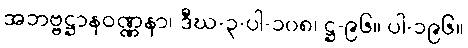
အဘဗ္ဗဋ္ဌာနဝဏ္ဏနာ၊ ဒီဃ-၃-ပါ-၁၀၈၊ ဋ္ဌ-၉၆။ ပါ-၁၉၆။